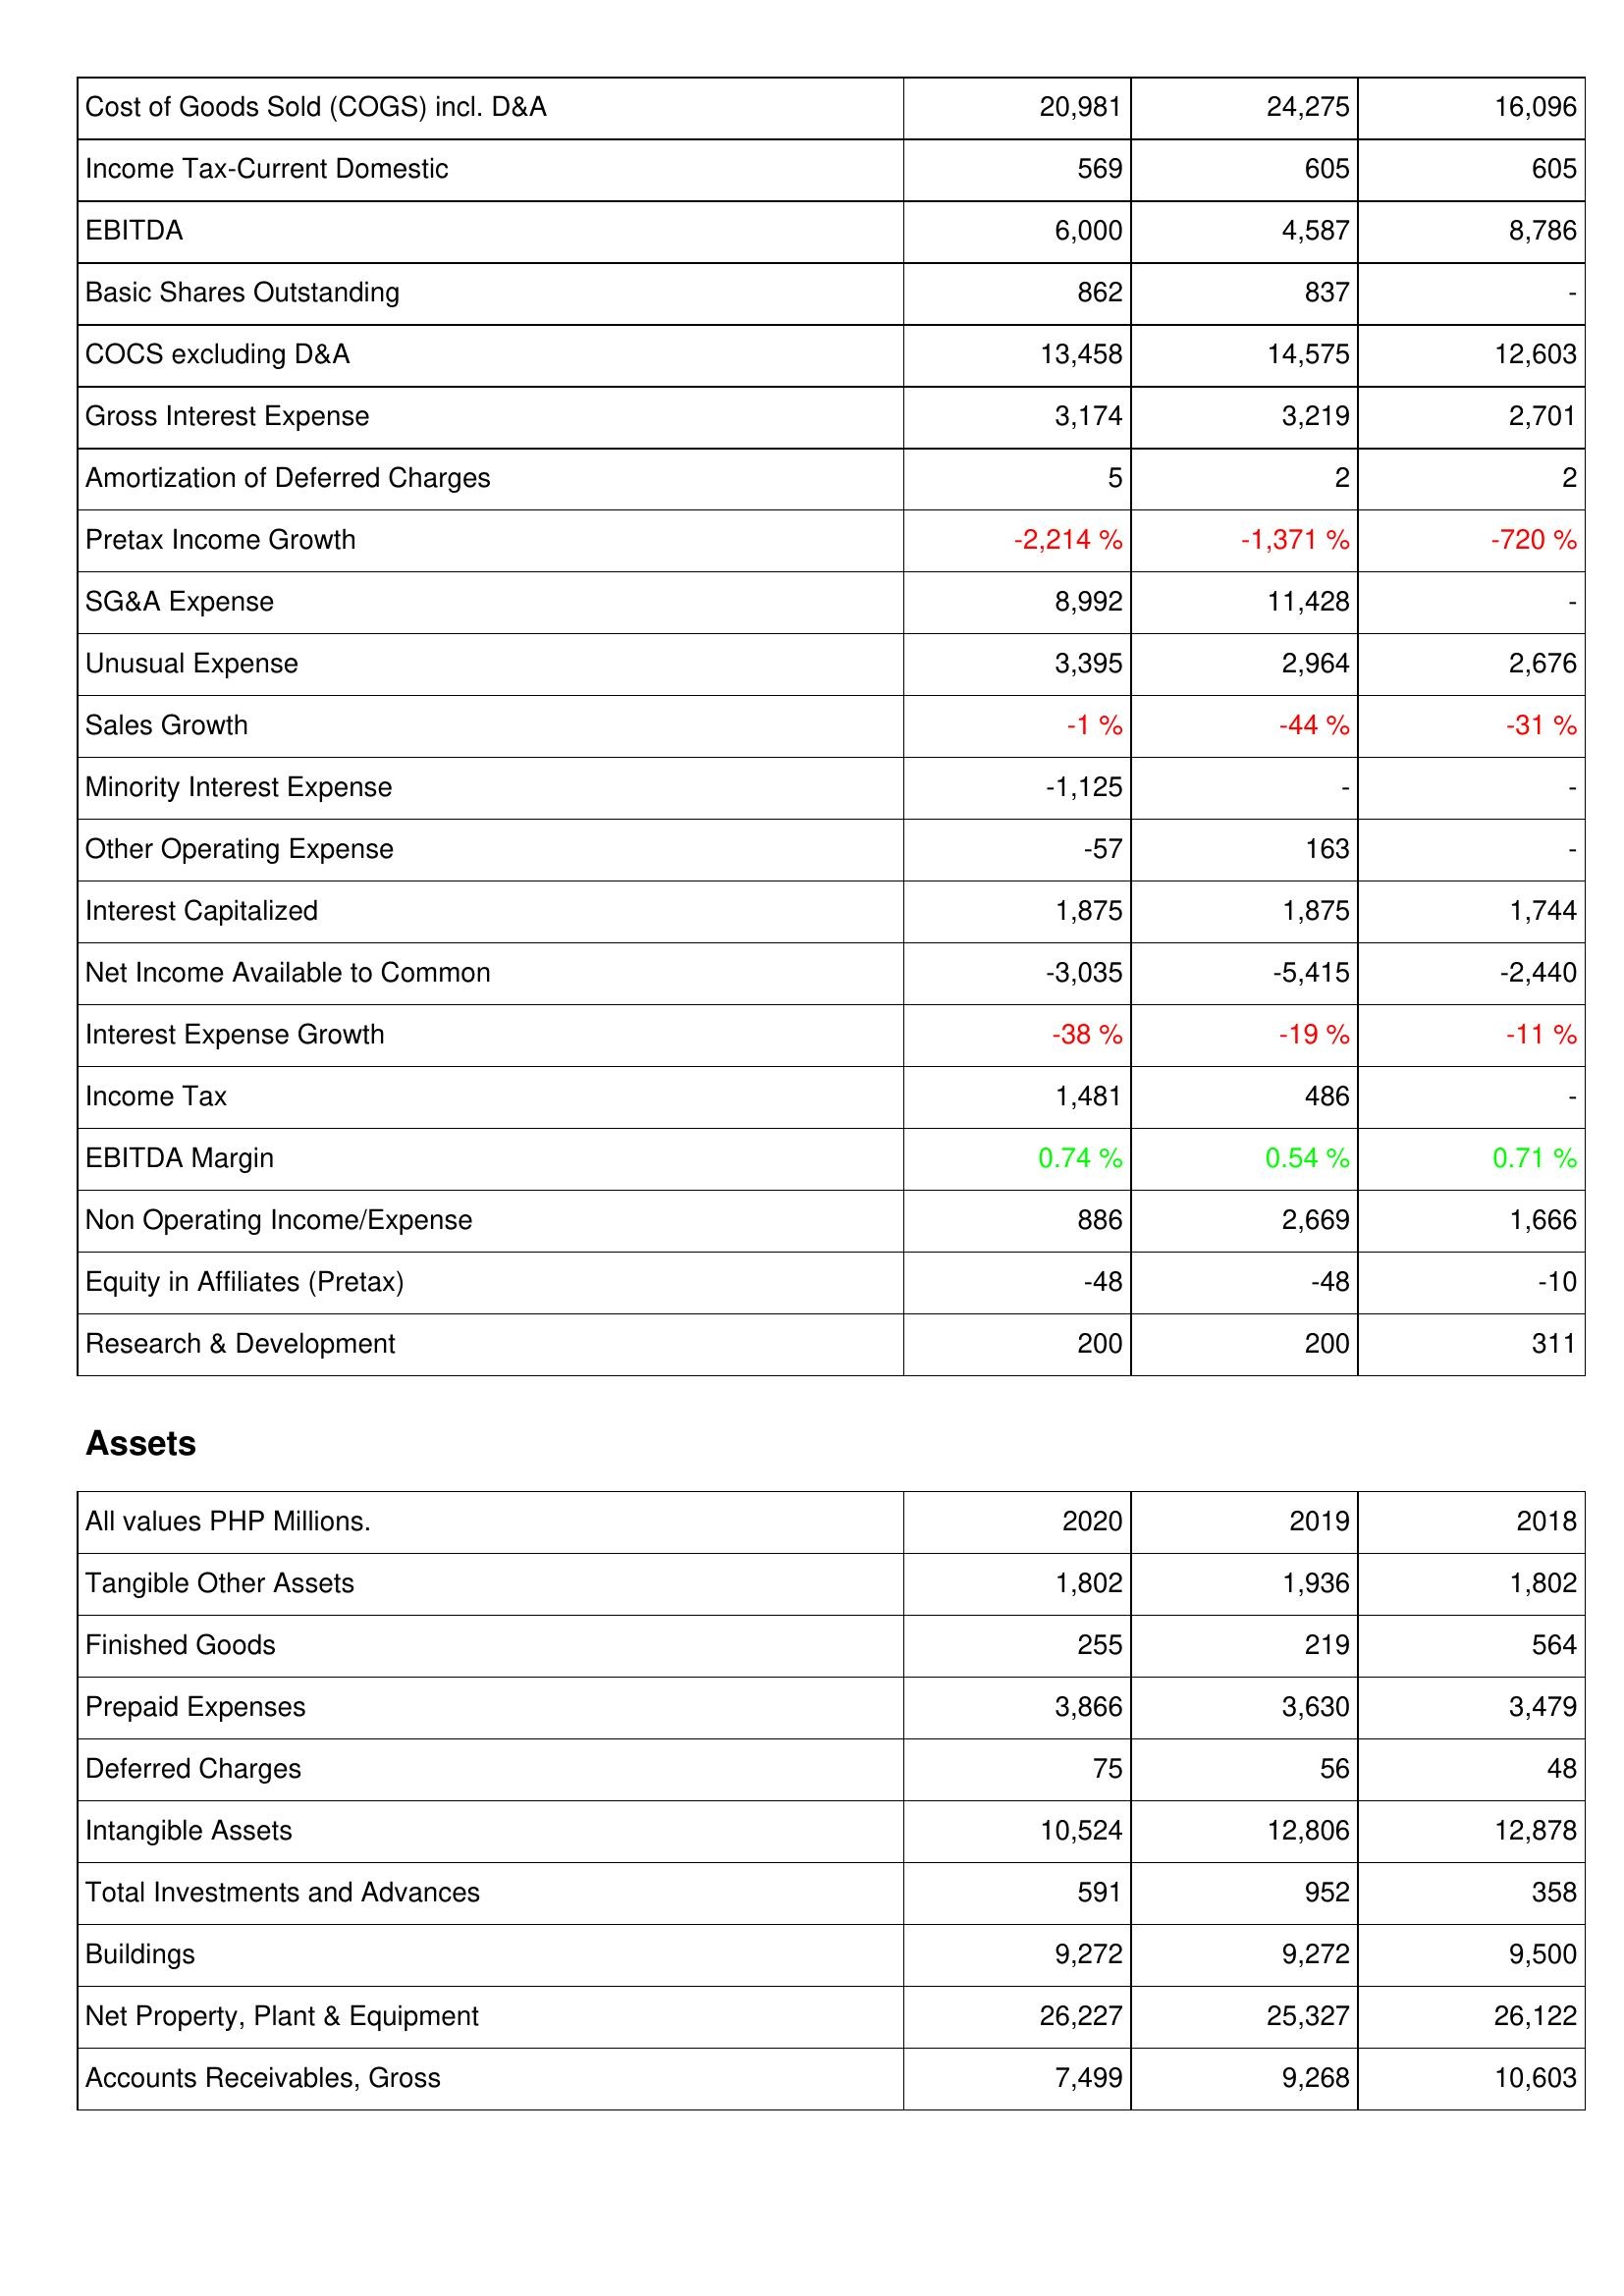
2020: Income Statement: Cost of Goods Sold (COGS) incl. D&A: 20,981
Income Tax-Current Domestic: 569
EBITDA: 6,000
Basic Shares Outstanding: 862
COCS excluding D&A: 13,458
Gross Interest Expense: 3,174
Amortization of Deferred Charges: 5
Pretax Income Growth: -2,214 %
SG&A Expense: 8,992
Unusual Expense: 3,395
Sales Growth: -1 %
Minority Interest Expense: -1,125
Other Operating Expense: -57
Interest Capitalized: 1,875
Net Income Available to Common: -3,035
Interest Expense Growth: -38 %
Income Tax: 1,481
EBITDA Margin: 0.74 %
Non Operating Income/Expense: 886
Equity in Affiliates (Pretax): -48
Research & Development: 200
Assets: Tangible Other Assets: 1,802
Finished Goods: 255
Prepaid Expenses: 3,866
Deferred Charges: 75
Intangible Assets: 10,524
Total Investments and Advances: 591
Buildings: 9,272
Net Property, Plant & Equipment: 26,227
Accounts Receivables, Gross: 7,499
2019: Income Statement: Cost of Goods Sold (COGS) incl. D&A: 24,275
Income Tax-Current Domestic: 605
EBITDA: 4,587
Basic Shares Outstanding: 837
COCS excluding D&A: 14,575
Gross Interest Expense: 3,219
Amortization of Deferred Charges: 2
Pretax Income Growth: -1,371 %
SG&A Expense: 11,428
Unusual Expense: 2,964
Sales Growth: -44 %
Minority Interest Expense: -
Other Operating Expense: 163
Interest Capitalized: 1,875
Net Income Available to Common: -5,415
Interest Expense Growth: -19 %
Income Tax: 486
EBITDA Margin: 0.54 %
Non Operating Income/Expense: 2,669
Equity in Affiliates (Pretax): -48
Research & Development: 200
Assets: Tangible Other Assets: 1,936
Finished Goods: 219
Prepaid Expenses: 3,630
Deferred Charges: 56
Intangible Assets: 12,806
Total Investments and Advances: 952
Buildings: 9,272
Net Property, Plant & Equipment: 25,327
Accounts Receivables, Gross: 9,268
2018: Income Statement: Cost of Goods Sold (COGS) incl. D&A: 16,096
Income Tax-Current Domestic: 605
EBITDA: 8,786
Basic Shares Outstanding: -
COCS excluding D&A: 12,603
Gross Interest Expense: 2,701
Amortization of Deferred Charges: 2
Pretax Income Growth: -720 %
SG&A Expense: -
Unusual Expense: 2,676
Sales Growth: -31 %
Minority Interest Expense: -
Other Operating Expense: -
Interest Capitalized: 1,744
Net Income Available to Common: -2,440
Interest Expense Growth: -11 %
Income Tax: -
EBITDA Margin: 0.71 %
Non Operating Income/Expense: 1,666
Equity in Affiliates (Pretax): -10
Research & Development: 311
Assets: Tangible Other Assets: 1,802
Finished Goods: 564
Prepaid Expenses: 3,479
Deferred Charges: 48
Intangible Assets: 12,878
Total Investments and Advances: 358
Buildings: 9,500
Net Property, Plant & Equipment: 26,122
Accounts Receivables, Gross: 10,603